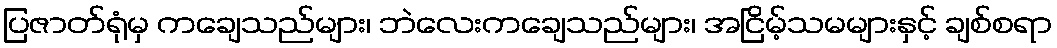
ပြဇာတ်ရုံမှ ကချေသည်များ၊ ဘဲလေးကချေသည်များ၊ အငြိမ့်သမများနှင့် ချစ်စရာ